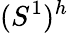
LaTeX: (S^{1})^{h}